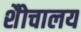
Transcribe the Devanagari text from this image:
शैोचालय